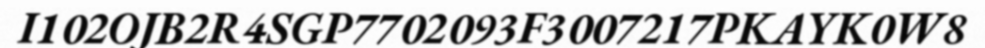
I102OJB2R4SGP7702093F3007217PKAYK0W8